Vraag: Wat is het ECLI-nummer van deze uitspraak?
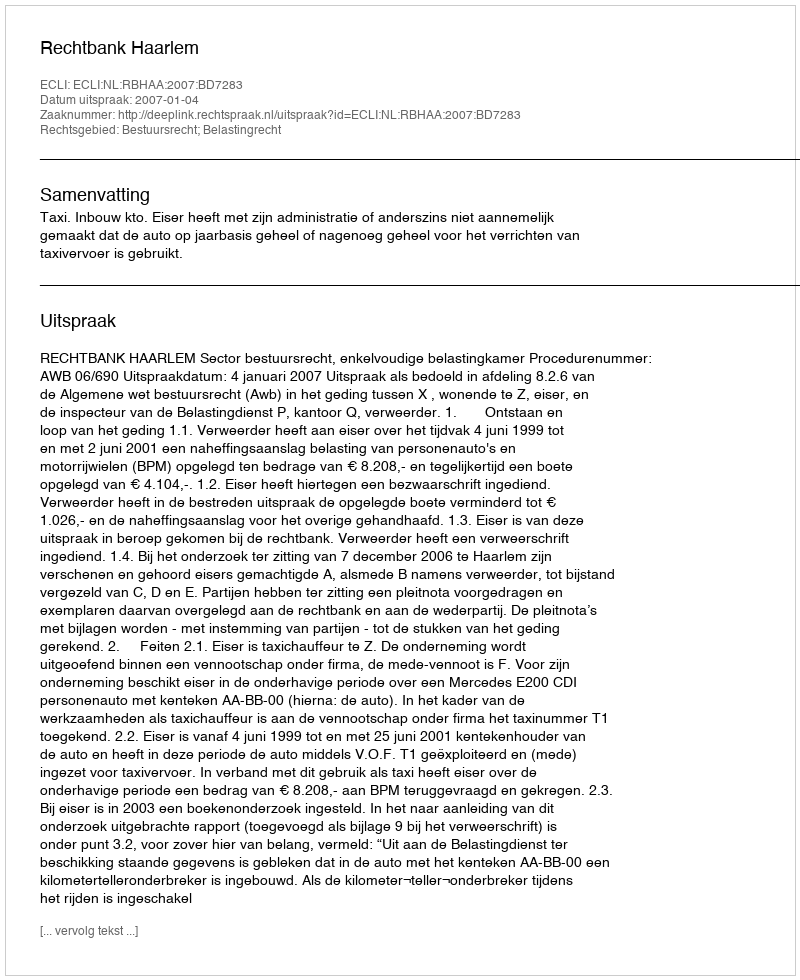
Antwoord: ECLI:NL:RBHAA:2007:BD7283